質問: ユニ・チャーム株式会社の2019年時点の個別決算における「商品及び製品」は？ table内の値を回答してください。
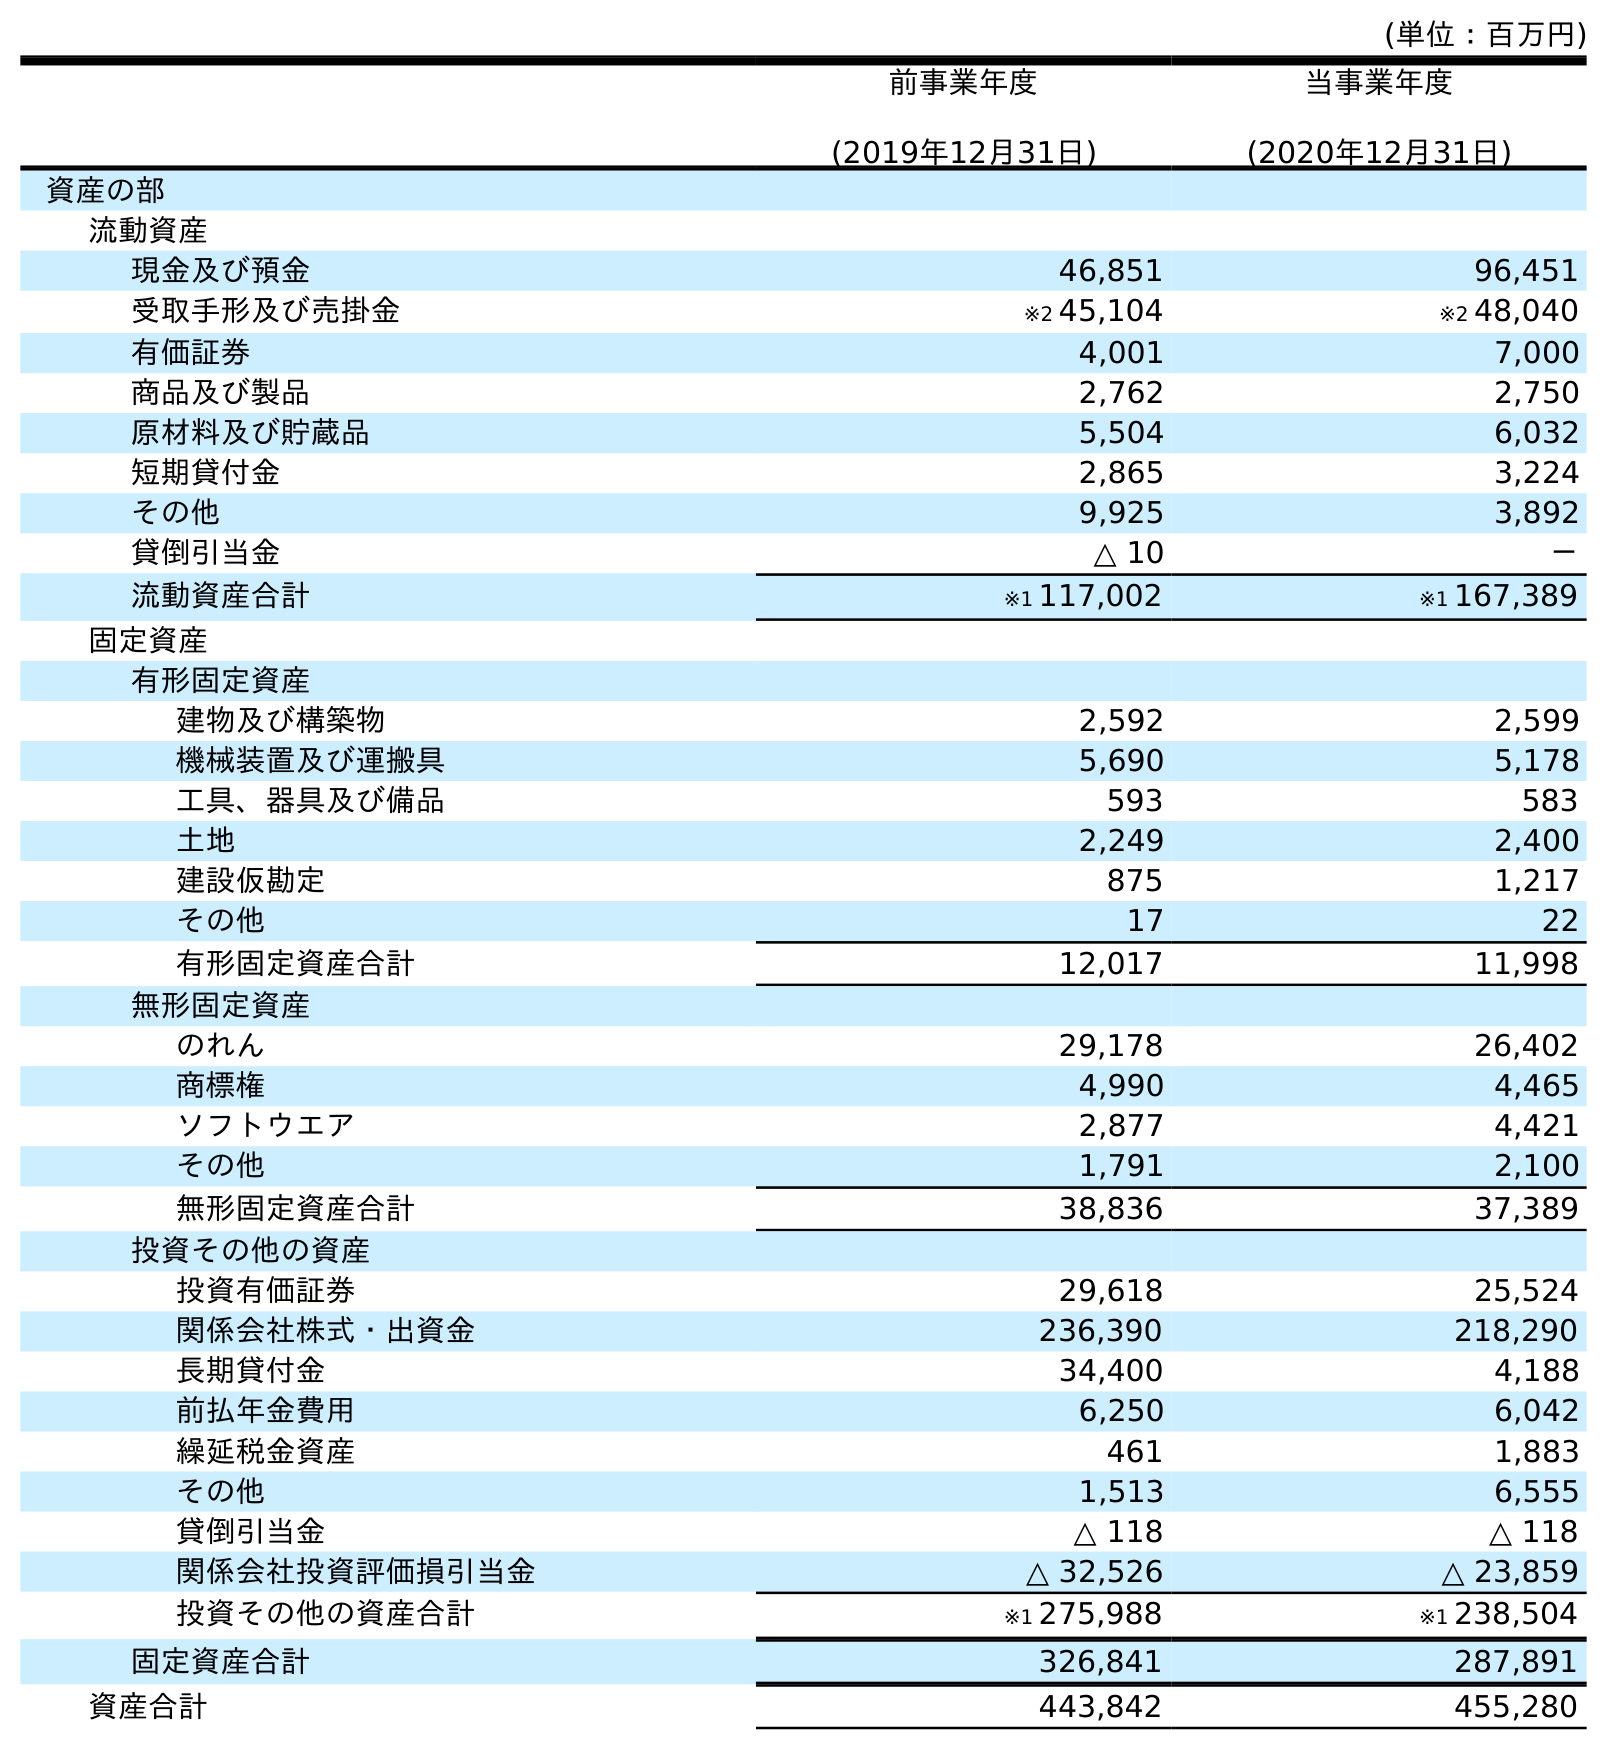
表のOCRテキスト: (単位：百万円) 前事業年度 (2019年12月31日) 当事業年度 (2020年12月31日) 資産の部 流動資産 現金及び預金 46,851 96,451 受取手形及び売掛金 ※2 45,104 ※2 48,040 有価証券 4,001 7,000 商品及び製品 2,762 2,750 原材料及び貯蔵品 5,504 6,032 短期貸付金 2,865 3,224 その他 9,925 3,892 貸倒引当金 △ 10 － 流動資産合計 ※1 117,002 ※1 167,389 固定資産 有形固定資産 建物及び構築物 2,592 2,599 機械装置及び運搬具 5,690 5,178 工具、器具及び備品 593 583 土地 2,249 2,400 建設仮勘定 875 1,217 その他 17 22 有形固定資産合計 12,017 11,998 無形固定資産 のれん 29,178 26,402 商標権 4,990 4,465 ソフトウエア 2,877 4,421 その他 1,791 2,100 無形固定資産合計 38,836 37,389 投資その他の資産 投資有価証券 29,618 25,524 関係会社株式・出資金 236,390 218,290 長期貸付金 34,400 4,188 前払年金費用 6,250 6,042 繰延税金資産 461 1,883 その他 1,513 6,555 貸倒引当金 △ 118 △ 118 関係会社投資評価損引当金 △ 32,526 △ 23,859 投資その他の資産合計 ※1 275,988 ※1 238,504 固定資産合計 326,841 287,891 資産合計 443,842 455,280
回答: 2,762